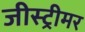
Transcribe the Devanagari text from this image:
जीस्ट्रीमर